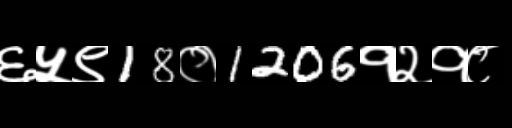
Text: ६५९18०1206१२१८